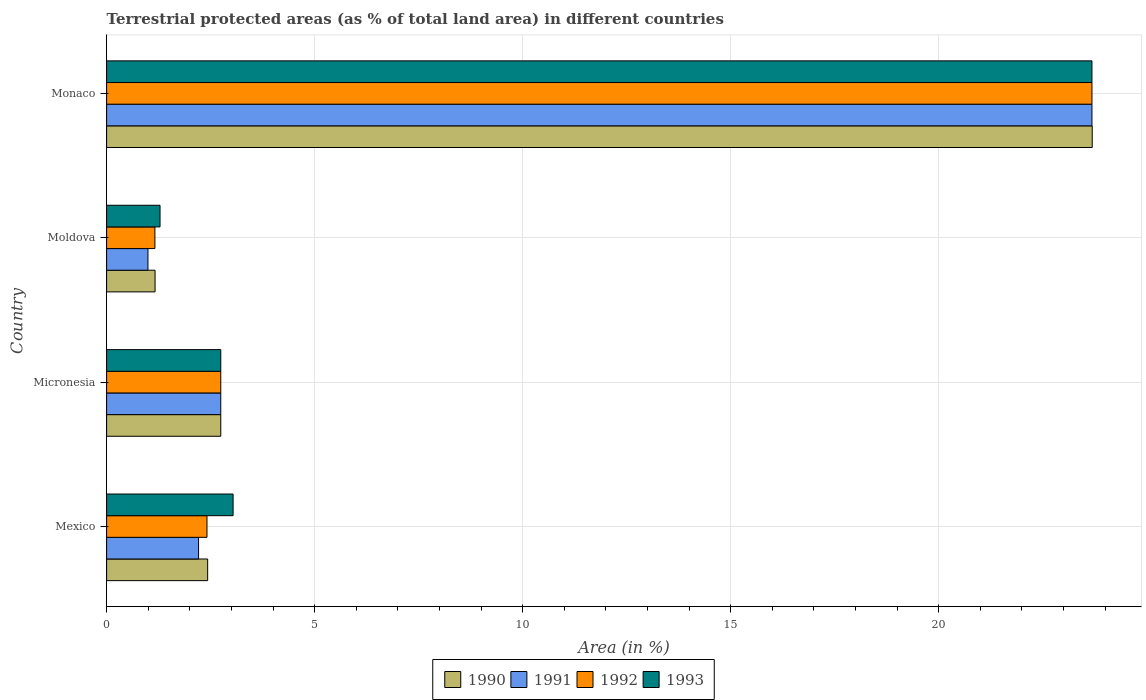
| Country | 1990 | 1991 | 1992 | 1993 |
 | --- | --- | --- | --- | --- |
 | Mexico | 2.43 | 2.21 | 2.41 | 3.04 |
 | Micronesia | 2.74 | 2.74 | 2.74 | 2.74 |
 | Moldova | 1.16 | 0.994 | 1.16 | 1.28 |
 | Monaco | 23.7 | 23.7 | 23.7 | 23.7 |